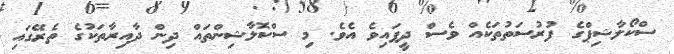
ސްކޯލާޝިޕްގެ ފުރުސަތުތަކެއް ވެސް ދީފައިވެ އެވެ. މި ސްކޮލާޝިންތައް ދިން ދާއިރާތަކުގެ ތެރޭގައި